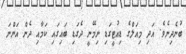
ބުނެދިނެވެ. އަދި މިއަލްގެ ޑިއުޓީގަޑި ނިމޭނީ ދެގަޑި ބައިގައި ކަމާއި ދެން އަންނަ